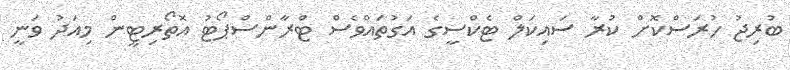
ބުރިޖު ހުރަސްކޮށް ކުރާ ސައިކަލް ޓެކްސީގެ އަގުތައްވެސް ޓްރާންސްޕޯޓު އޮތޯރިޓީން މިއަދު ވަނީ